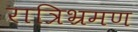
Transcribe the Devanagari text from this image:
रात्रिभ्रमण